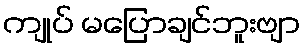
ကျုပ် မပြောချင်ဘူးဗျာ